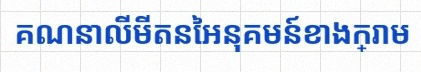
គណនាលីមីតនៃអនុគមន៍ខាងក្រោម